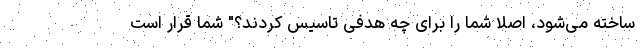
ساخته می‌شود، اصلا شما را برای چه هدفی تاسیس کردند؟" شما قرار است